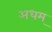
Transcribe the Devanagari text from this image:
अधम्